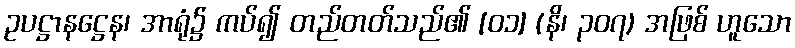
ဥပဋ္ဌာနဋ္ဌေန၊ အာရုံ၌ ကပ်၍ တည်တတ်သည်၏ [၀၁] (နိ၊ ၃၀၇) အဖြစ် ဟူသော